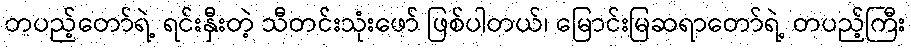
တပည့်တော်ရဲ့ ရင်းနှီးတဲ့ သီတင်းသုံးဖော် ဖြစ်ပါတယ်၊ မြောင်းမြဆရာတော်ရဲ့ တပည့်ကြီး